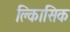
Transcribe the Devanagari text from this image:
क्लािसिक